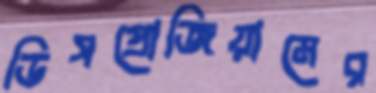
ডিসপ্রোজিয়ামের